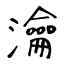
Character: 瀹